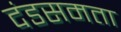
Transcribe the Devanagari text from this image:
दंडसमता